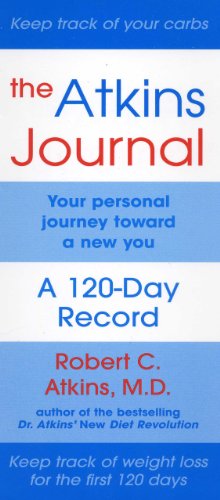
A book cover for The Atkins Journal: Your Personal Journey Toward a New You, A 120-Day Record; M.D., Robert C. Atkins; Health, Fitness & Dieting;